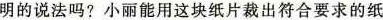
明的说法吗?小丽能用这块纸片裁出符合要求的纸